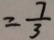
= \frac { 7 } { 3 }